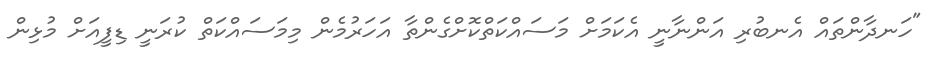
"ހަނދާންތައް އެނބުރި އަންނާނީ އެކަމަށް މަސައްކަތްކޮށްގެންތާ އަހަރުމެން މިމަސައްކަތް ކުރަނީ ޑިފީއަށް މުޅިން